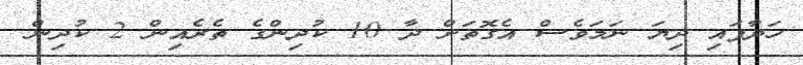
ހަދާފައި ދިޔަ ނަމަވެސް އެގޮތަށް ދާ 10 ކުދިންގެ ތެރެއިން 2 ކުދިން